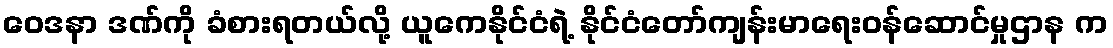
ဝေဒနာ ဒဏ်ကို ခံစားရတယ်လို့ ယူကေနိုင်ငံရဲ့ နိုင်ငံတော်ကျန်းမာရေးဝန်ဆောင်မှုဌာန က